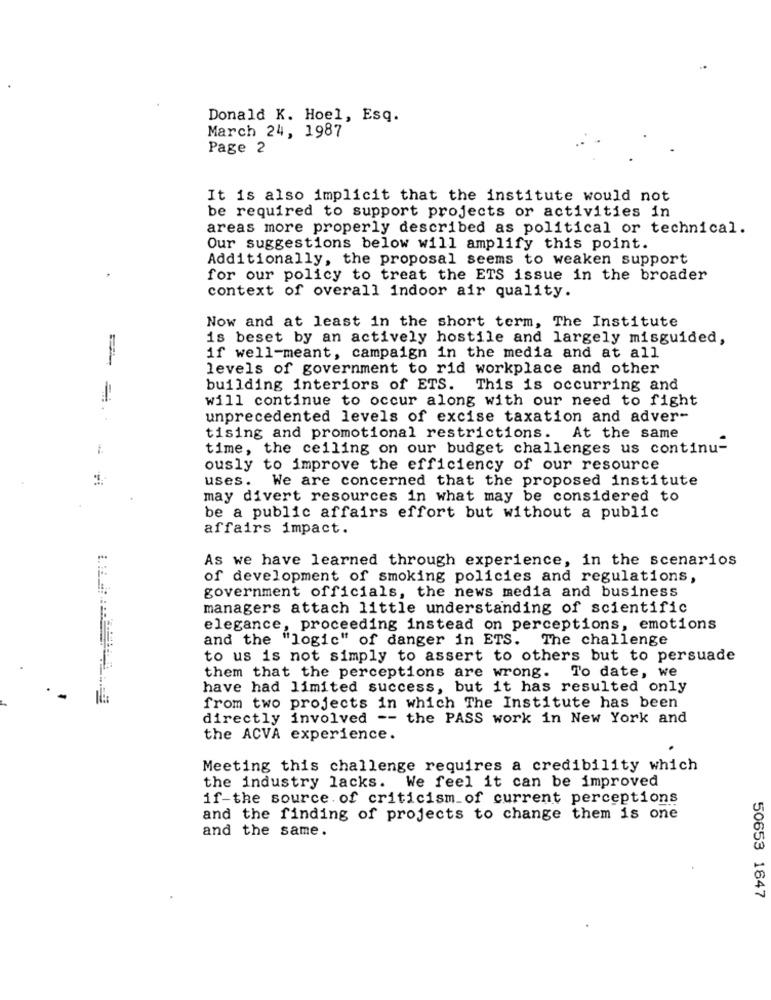
Donald K. Hoel, Esq.
March 24, 1987
Page 2
It is also implicit that the institute would not
be required to support projects or activities in
areas more properly described as political or technical.
Our suggestions below will amplify this point.
Additionally, the proposal seems to weaken support
for our policy to treat the ETS issue in the broader
context of overall indoor air quality.
Now and at least in the short term, The Institute
is beset by an actively hostile and largely misguided,
if well-meant, campaign in the media and at all
levels of government to rid workplace and other
building interiors of ETS. This is occurring and
will continue to occur along with our need to fight
unprecedented levels of excise taxation and adver-
tising and promotional restrictions. At the same
time, the ceiling on our budget challenges us continu-
ously to improve the efficiency of our resource
uses. We are concerned that the proposed institute
may divert resources in what may be considered to
be a public affairs effort but without a public
affairs impact.
As we have learned through experience, in the scenarios
of development of smoking policies and regulations,
government officials, the news media and business
managers attach little understanding of scientific
elegance, proceeding instead on perceptions, emotions
and the "logic" of danger in ETS. The challenge
to us is not simply to assert to others but to persuade
them that the perceptions are wrong. To date, we
have had limited success, but it has resulted only
from two projects in which The Institute has been
directly involved -- the PASS work in New York and
the ACVA experience.
Meeting this challenge requires a credibility which
the industry lacks. We feel it can be improved
if-the source. of criticism of current perceptions
and the finding of projects to change them is one
and the same.
50653 1647